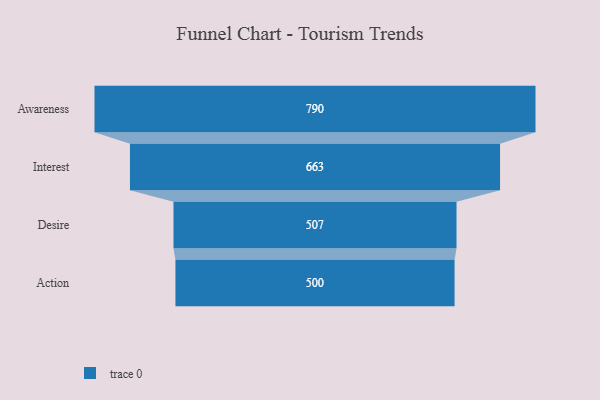
{"axis": {"x": "Stage", "y": "Value"}, "legend": [""], "data": [{"x": "Awareness", "y": 790.0, "type": ""}, {"x": "Interest", "y": 663.0, "type": ""}, {"x": "Desire", "y": 507.0, "type": ""}, {"x": "Action", "y": 500, "type": ""}]}